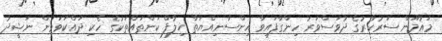
މައުމޫން ސަރުކާރުގެ ދުވަސްވަރު ހިންގާފައިވާ އިންސާނިއްޔަތާ ޚިލާފް ކަންތައްތަކުގެ ހެކި ދައްކަވަމުން ނަޝީދު